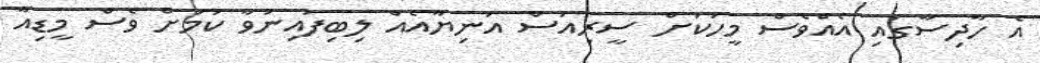
އެ ހާދިސާގައި އެއްވެސް މީހަކަށް ސީރިއަސް އަނިޔާއެއް ލިބިފައިނުވާ ކަމަށް ވެސް މީޑިއާ